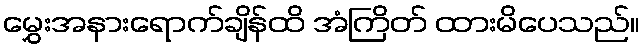
မွှေးအနားရောက်ချိန်ထိ အံကြိတ် ထားမိပေသည်။